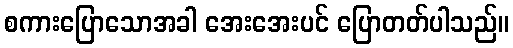
စကားပြောသောအခါ အေးအေးပင် ပြောတတ်ပါသည်။